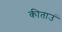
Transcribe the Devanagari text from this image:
कीताउं